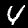
Label: 4